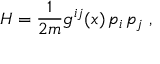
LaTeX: H = \frac { 1 } { 2 m } g ^ { i j } ( x ) \, p _ { i } \, p _ { j } \; ,